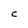
Character: C